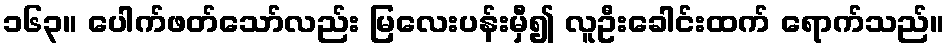
၁၆၃။ ပေါက်ဖတ်သော်လည်း မြလေးပန်းမှီ၍ လူဦးခေါင်းထက် ရောက်သည်။